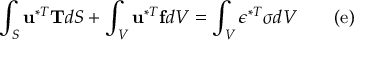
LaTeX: \int _ { S } \mathbf { u } ^ { * T } \mathbf { T } d S + \int _ { V } \mathbf { u } ^ { * T } \mathbf { f } d V = \int _ { V } { \boldsymbol { \epsilon } } ^ { * T } { \boldsymbol { \sigma } } d V \qquad \mathrm { ( e ) }